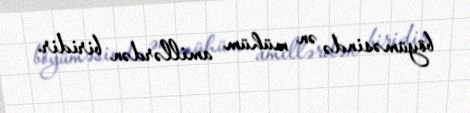
böyüməsində ən mühüm amillərdən biridir.